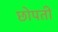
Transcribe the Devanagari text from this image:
छोपती